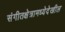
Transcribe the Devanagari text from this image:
संगीतक्षेत्रामध्येदेखील